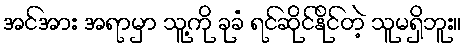
အင်အား အရာမှာ သူ့ကို ခုခံ ရင်ဆိုင်နိုင်တဲ့ သူမရှိဘူး။